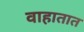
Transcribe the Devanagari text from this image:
वाहातात